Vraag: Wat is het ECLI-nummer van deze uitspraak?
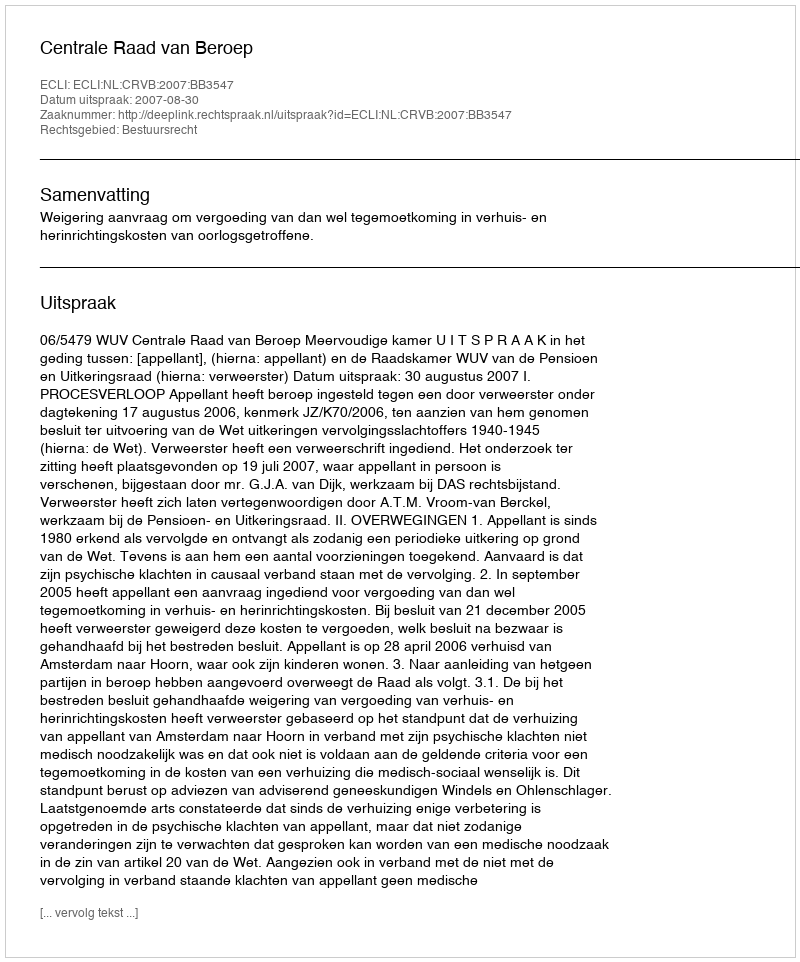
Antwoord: ECLI:NL:CRVB:2007:BB3547